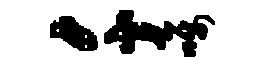
千嘱